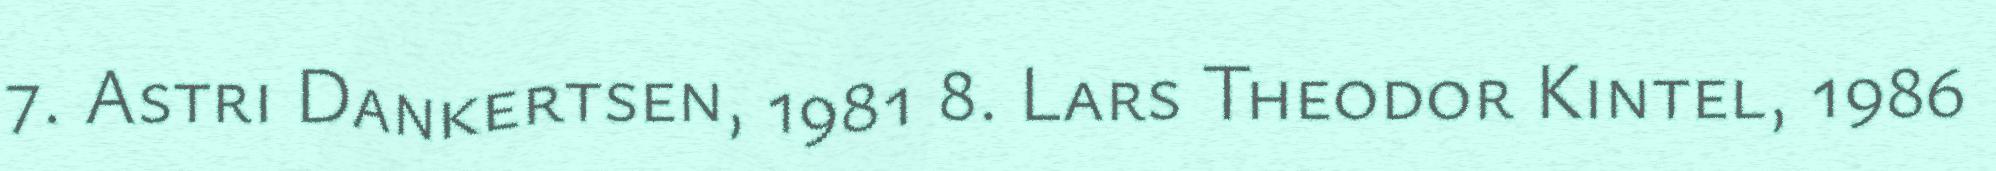
7. Astri Dankertsen, 1981 8. Lars Theodor Kintel, 1986